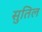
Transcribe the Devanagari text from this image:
सुतिल